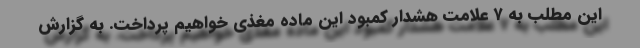
این مطلب به ۷ علامت هشدار کمبود این ماده مغذی خواهیم پرداخت. به گزارش